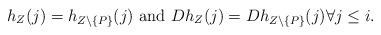
LaTeX: \begin{align*}h_Z(j)=h_{Z\setminus\{P\}}(j) \mbox{ and }Dh_Z(j)=Dh_{Z\setminus\{P\}}(j) \forall j\leq i.\end{align*}